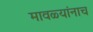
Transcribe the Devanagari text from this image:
मावळ्यांनाच